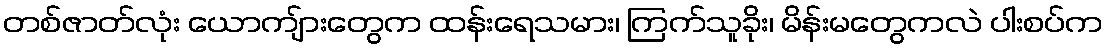
တစ်ဇာတ်လုံး ယောကျ်ားတွေက ထန်းရေသမား၊ ကြက်သူခိုး၊ မိန်းမတွေကလဲ ပါးစပ်က